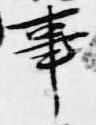
事